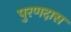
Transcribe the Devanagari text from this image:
पुरणदास